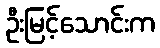
ဦးမြင့်သောင်းက